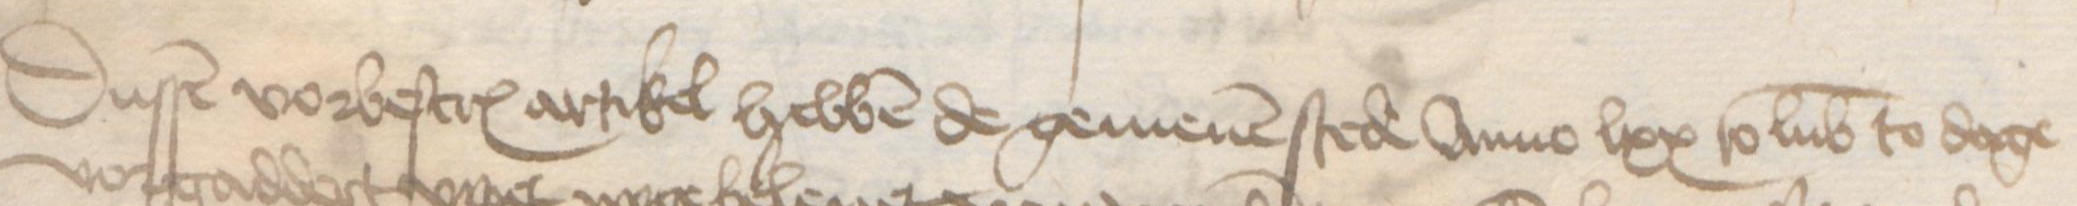
Dussen vorbescreuen artikel hebben de gemenen stede Anno lxx to Lubeke to dage